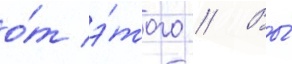
о́т э́того // Вы́